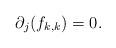
LaTeX: \begin{align*}\partial_j(f_{k,k})=0.\end{align*}